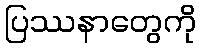
ပြဿနာတွေကို